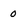
Character: o